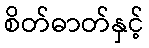
စိတ်ဓာတ်နှင့်